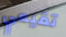
تقيمي